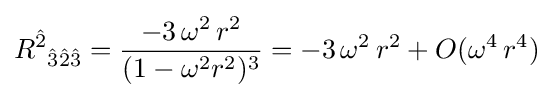
{R^{\hat {2}}}_{{\hat {3}}{\hat {2}}{\hat {3}}}={\frac {-3\,\omega ^{2}\,r^{2}}{(1-\omega ^{2}r^{2})^{3}}}=-3\,\omega ^{2}\,r^{2}+O(\omega ^{4}\,r^{4})